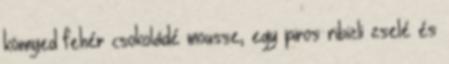
könnyed fehér csokoládé mousse, egy piros ribizli zselé és